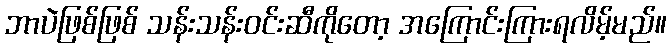
ဘာပဲဖြစ်ဖြစ် သန်းသန်းဝင်းဆီကိုတော့ အကြောင်းကြားရလိမ့်မည်။